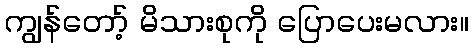
ကျွန်တော့် မိသားစုကို ပြောပေးမလား။